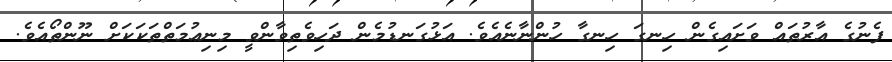
ފެނުގެ އާރުތައް ވަށައިގެން ހިނގަ ހިނގާ ހުންނާނެއެވެ. އަޅުގަނޑުމެން ދަހިވެތިވާންވީ މިނިޢުމަތްތަކަކަށް ނޫންތޯއެވެ.